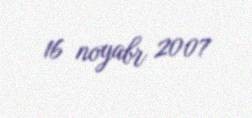
16 noyabr 2007